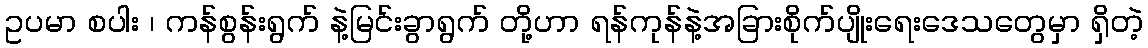
ဥပမာ စပါး ၊ ကန်စွန်းရွက် နဲ့မြင်းခွာရွက် တို့ဟာ ရန်ကုန်နဲ့အခြားစိုက်ပျိုးရေးဒေသတွေမှာ ရှိတဲ့